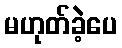
မဟုတ်ခဲ့ပေ